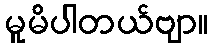
မူမိပါတယ်ဗျာ။